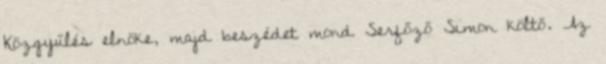
Közgyűlés elnöke, majd beszédet mond Serfőző Simon költő. Az